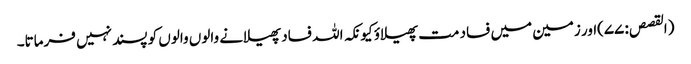
(القصص: ۷۷)اور زمین میں فساد مت پھیلاؤ کیونکہ اللہ فساد پھیلانے والوں والوں کو پسند نہیں فرماتا۔